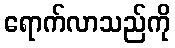
ရောက်လာသည်ကို